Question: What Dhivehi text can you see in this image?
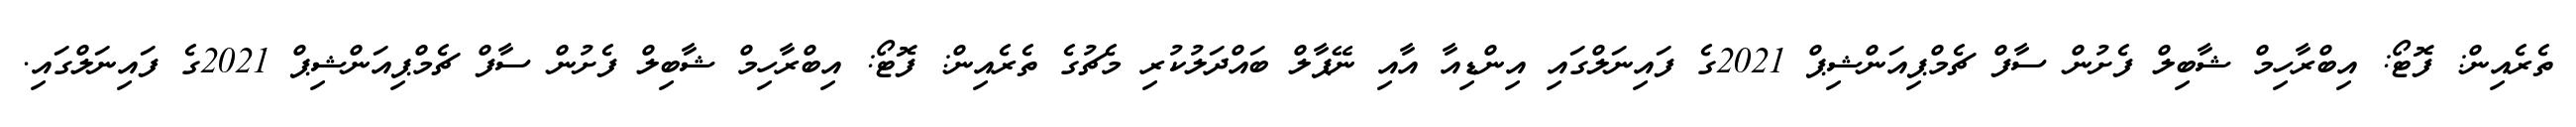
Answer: ތެރެއިން: ފޮޓޯ: އިބްރާހިމް ޝާބިލް ފެށުން ސާފް ޗެމްޕިއަންޝިޕް 2021ގެ ފައިނަލްގައި އިންޑިއާ އާއި ނޭޕާލް ބައްދަލުކުރި މެޗުގެ ތެރެއިން: ފޮޓޯ: އިބްރާހިމް ޝާބިލް ފެށުން ސާފް ޗެމްޕިއަންޝިޕް 2021ގެ ފައިނަލްގައި.